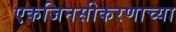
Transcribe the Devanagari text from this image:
एकजिनसीकरणाच्या